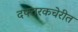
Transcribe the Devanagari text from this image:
दफ्तरकचेरीत